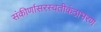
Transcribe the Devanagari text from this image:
संकीर्णासरस्वतीकंठाभरण